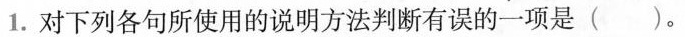
1.对下列各句所使用的说明方法判断有误的一项是()。